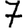
Digit: 7